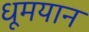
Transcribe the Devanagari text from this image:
धूमयान